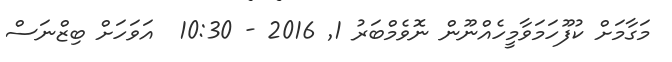
މަގާމަށް ކުފޫހަމަވާމީހެއްނޫން ނޮވެމްބަރު 1